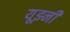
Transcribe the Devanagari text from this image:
यूझ्नी